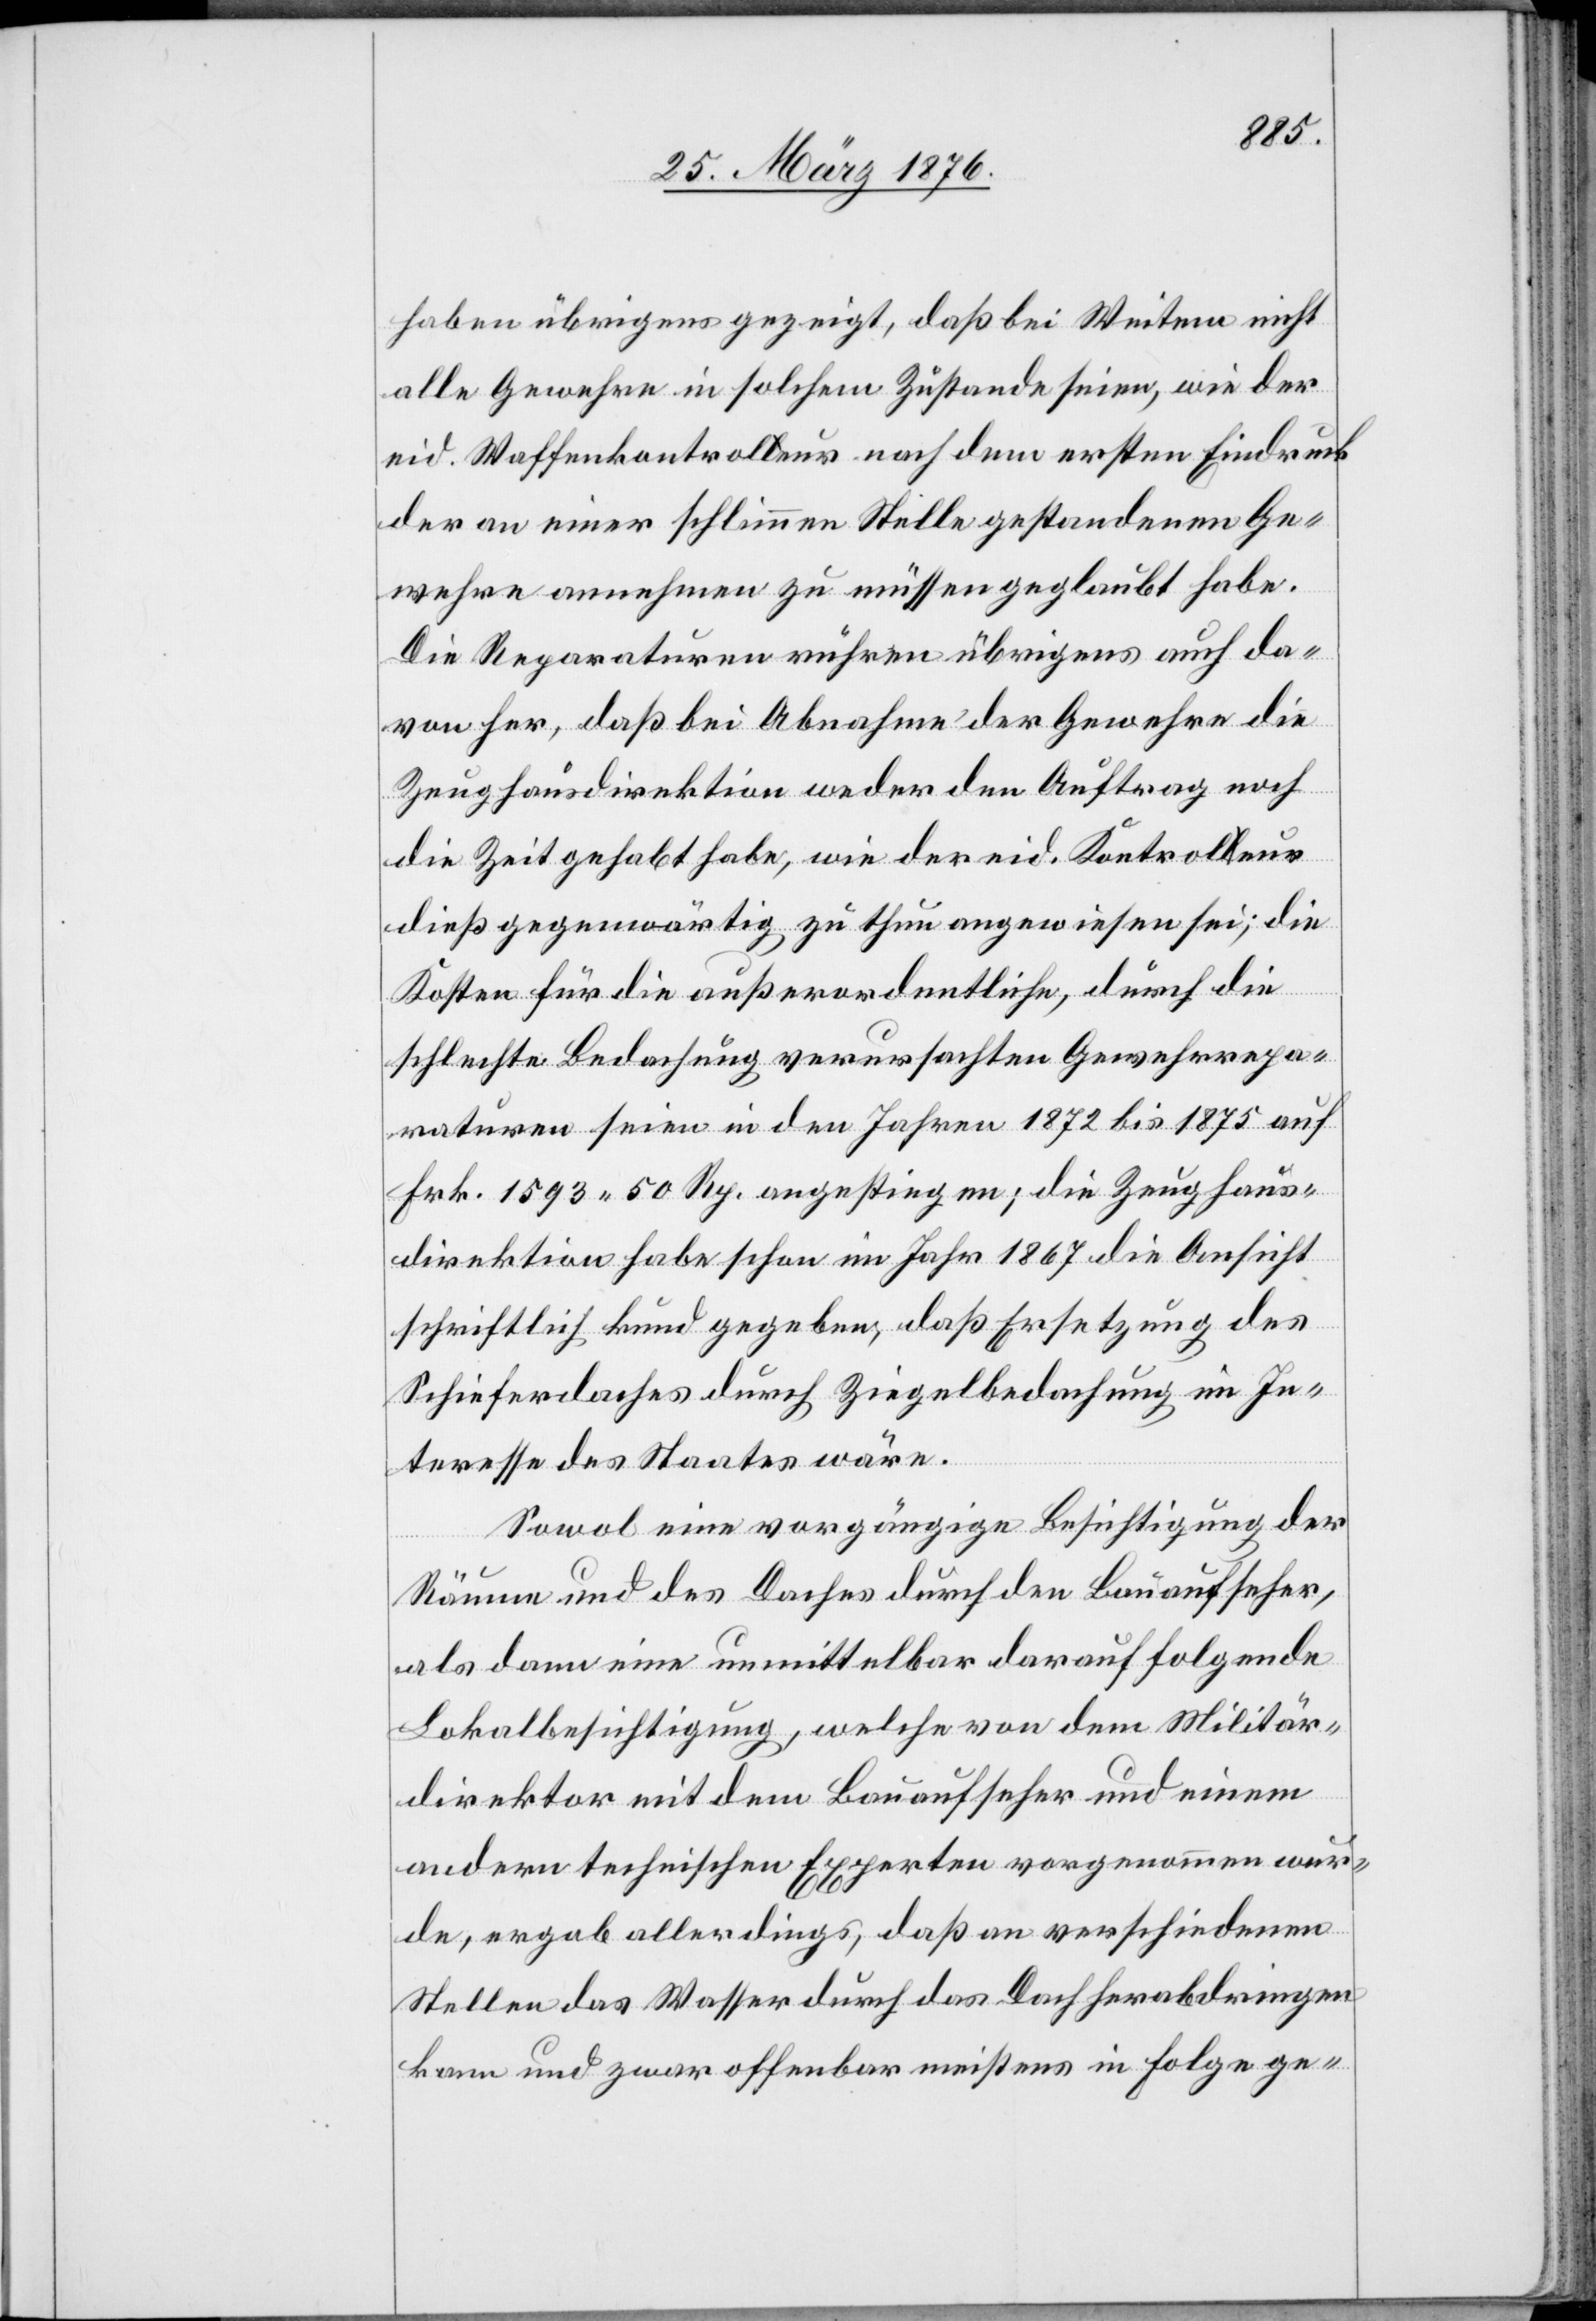
haben übrigens gezeigt, daß bei Weitem nicht
alle Gewehre in solchem Zustande seien, wie der
eid. Waffenkontrolleur nach dem ersten Eindruck
der an einer schlimmen Stelle gestandenen Ge¬
wehre annehmen zu müssen geglaubt habe.
Die Reparaturen rühren übrigens auch da¬
von her, daß bei Abnahme der Gewehre die
Zeughausdirektion weder den Auftrag noch
die Zeit gehabt habe, wie der eid. Kontroleur
dieß gegenwärtig zu thun angewiesen sei; die
Kosten für die außerordentliche, durch die
schlechte Bedachung verursachten Gewehrrepa¬
raturen seien in den Jahren 1872 bis 1875 auf
Frk. 1593 50 Rp. angestiegen; die Zeughaus¬
direktion habe schon im Jahr 1867 die Ansicht
schriftlich kund gegeben, daß Ersetzung des
Schieferdaches durch Ziegelbedachung im In¬
teresse des Staates wäre.
Sowol eine vorgängige Besichtigung der
Räume und des Daches durch den Bauaufseher,
als dann eine unmittelbar darauffolgende
Lokalbesichtigung, welche von dem Militär¬
direktor mit dem Bauaufseher und einem
andern technischen Experten vorgenommen wur¬
de, ergab allerdings, daß an verschiedenen
Stellen das Wasser durch das Dach herabdringen
kann und zwar offenbar meisten in Folge ge-